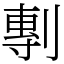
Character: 剸